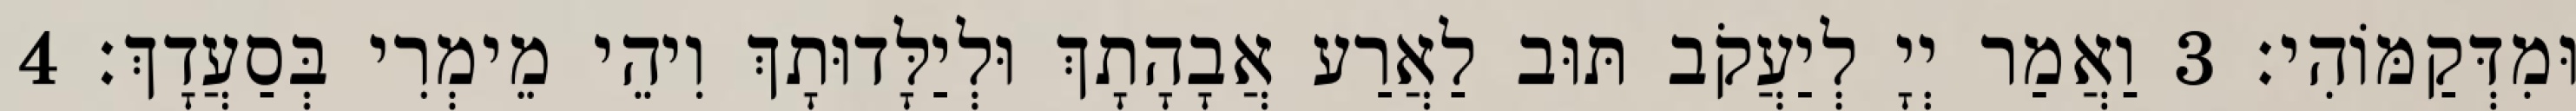
וּמִדְּקַמּוֹהִי׃ 3 וַאֲמַר יְיָ לְיַעֲקֹב תּוּב לַאֲרַע אֲבָהָתָךְ וּלְיַלָּדוּתָךְ וִיהֵי מֵימְרִי בְּסַעֲדָךְ׃ 4